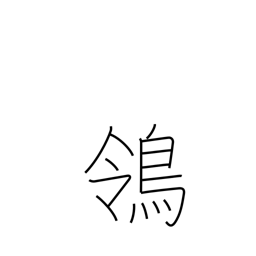
Meaning: wagtail